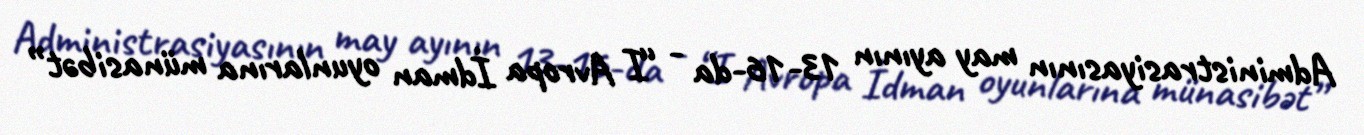
Administrasiyasının may ayının 13-16-da - “I Avropa İdman oyunlarına münasibət”